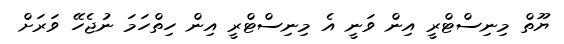
ޔޫތް މިނިސްޓްރީ އިން ވަނީ އެ މިނިސްޓްރީ އިން ހިތްހަމަ ނުޖެހޭ ވަރަށް